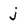
Character: j